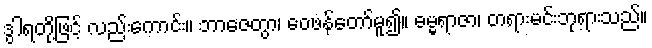
ဒွါရတို့ဖြင့် လည်းကောင်း။ ဘာဇေတွာ၊ ဝေဖန်တော်မူ၍။ ဓမ္မရာဇာ၊ တရားမင်းဘုရားသည်။